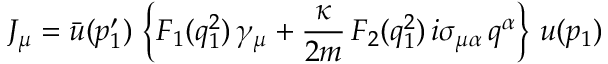
J _ { \mu } = \bar { u } ( p _ { 1 } ^ { \prime } ) \, \left\{ F _ { 1 } ( q _ { 1 } ^ { 2 } ) \, \gamma _ { \mu } + \frac { \kappa } { 2 m } \, F _ { 2 } ( q _ { 1 } ^ { 2 } ) \, i \sigma _ { \mu \alpha } \, q ^ { \alpha } \right\} \, u ( p _ { 1 } )